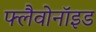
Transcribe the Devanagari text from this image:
फ्लैवोनॉइड